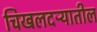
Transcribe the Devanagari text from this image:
चिखलदऱ्यातील